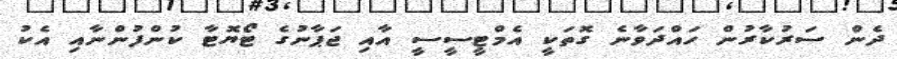
ދެން ސަރުކާރުން ހައްދަވާނެ ގޮތަކީ އެމްޓީސީސީ އާއި ޖަޕާނުގެ ޓޯޔޮޓާ ކުންފުންނާއި އެކު